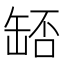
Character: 𦈶